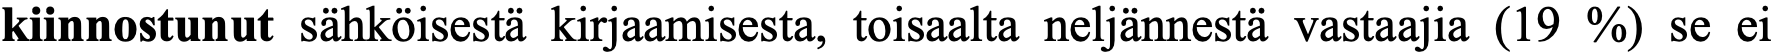
kiinnostunut sähköisestä kirjaamisesta, toisaalta neljännestä vastaajia (19 %) se ei